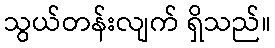
သွယ်တန်းလျက် ရှိသည်။